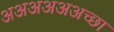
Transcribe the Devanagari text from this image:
अअअअअअच्छा